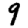
Digit: 9